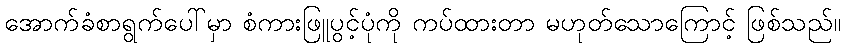
အောက်ခံစာရွက်ပေါ်မှာ စံကားဖြူပွင့်ပုံကို ကပ်ထားတာ မဟုတ်သောကြောင့် ဖြစ်သည်။